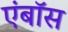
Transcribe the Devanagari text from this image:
एंबॉस